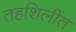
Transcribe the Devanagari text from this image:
तहशिलींत